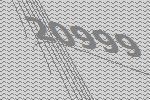
20999